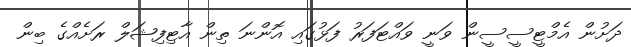
ދަށުން އެމްޓީސީސީން ވަނީ ވައްޓަފަރު ފަޅުގައި އޮންނަ ތިން އާޓިފިޝަލް ރަށެއްގެ ބިން